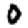
Digit: 0